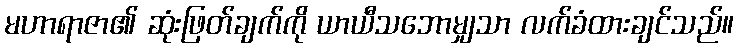
မဟာရာဇာ၏ ဆုံးဖြတ်ချက်ကို ယာယီသဘောမျှသာ လက်ခံထားချင်သည်။